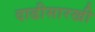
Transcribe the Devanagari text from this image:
दाढीसारखी